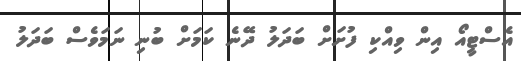
އެސްޓީއޯ އިން ވިއްކި ފުށަށް ބަދަލު ދޭނެ ކަމަށް ބުނި ނަމަވެސް ބަދަލު